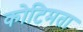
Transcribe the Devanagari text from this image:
कोटिमता